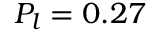
P _ { l } = 0 . 2 7